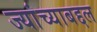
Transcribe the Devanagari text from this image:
ज्यांच्याबद्दल